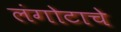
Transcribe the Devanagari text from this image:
लंगोटाचे